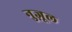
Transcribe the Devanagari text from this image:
नुज़ूल